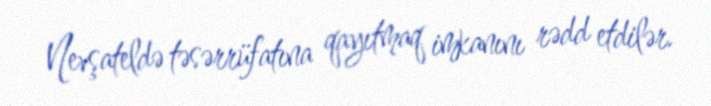
Nevşateldə təsərrüfatına qayıtmaq imkanını rədd etdilər.